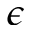
\epsilon